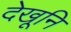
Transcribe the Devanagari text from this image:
देखूनि